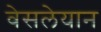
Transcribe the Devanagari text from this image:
वेसलेयान